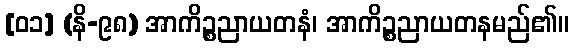
[၀၁] (နိ-၉၈) အာကိဉ္စညာယတနံ၊ အာကိဉ္စညာယတနမည်၏။